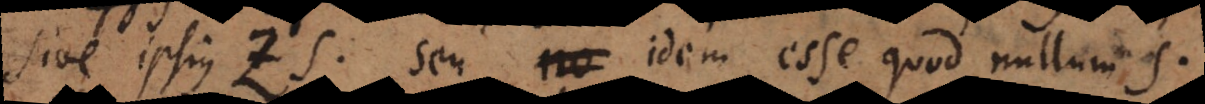
sive ipsius zs seu idem esse quod nullum s.